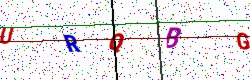
Text: URQBG